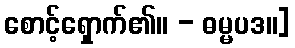
စောင့်ရှောက်၏။ - ဓမ္မပဒ။]